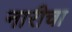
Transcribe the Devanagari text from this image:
नारीचा